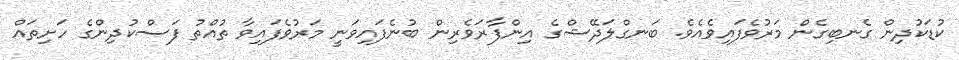
ކުޑަކުދިން ގެނބިގެން މަރުވެފައިވެއެވެ. ބަނގްލަދޭޝްގެ އިންފާރަވެރިން ބުނެފައިވަނީ މަރުވެފައިވާ ތުއްތު ފަސްކުދިންގެ ހަށިތައް